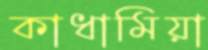
কাধামিয়া